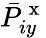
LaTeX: \bar{P}_{iy}^{\mathrm{~x~}}